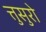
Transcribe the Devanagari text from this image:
त्तुसुरो